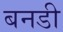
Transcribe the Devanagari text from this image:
बनडी